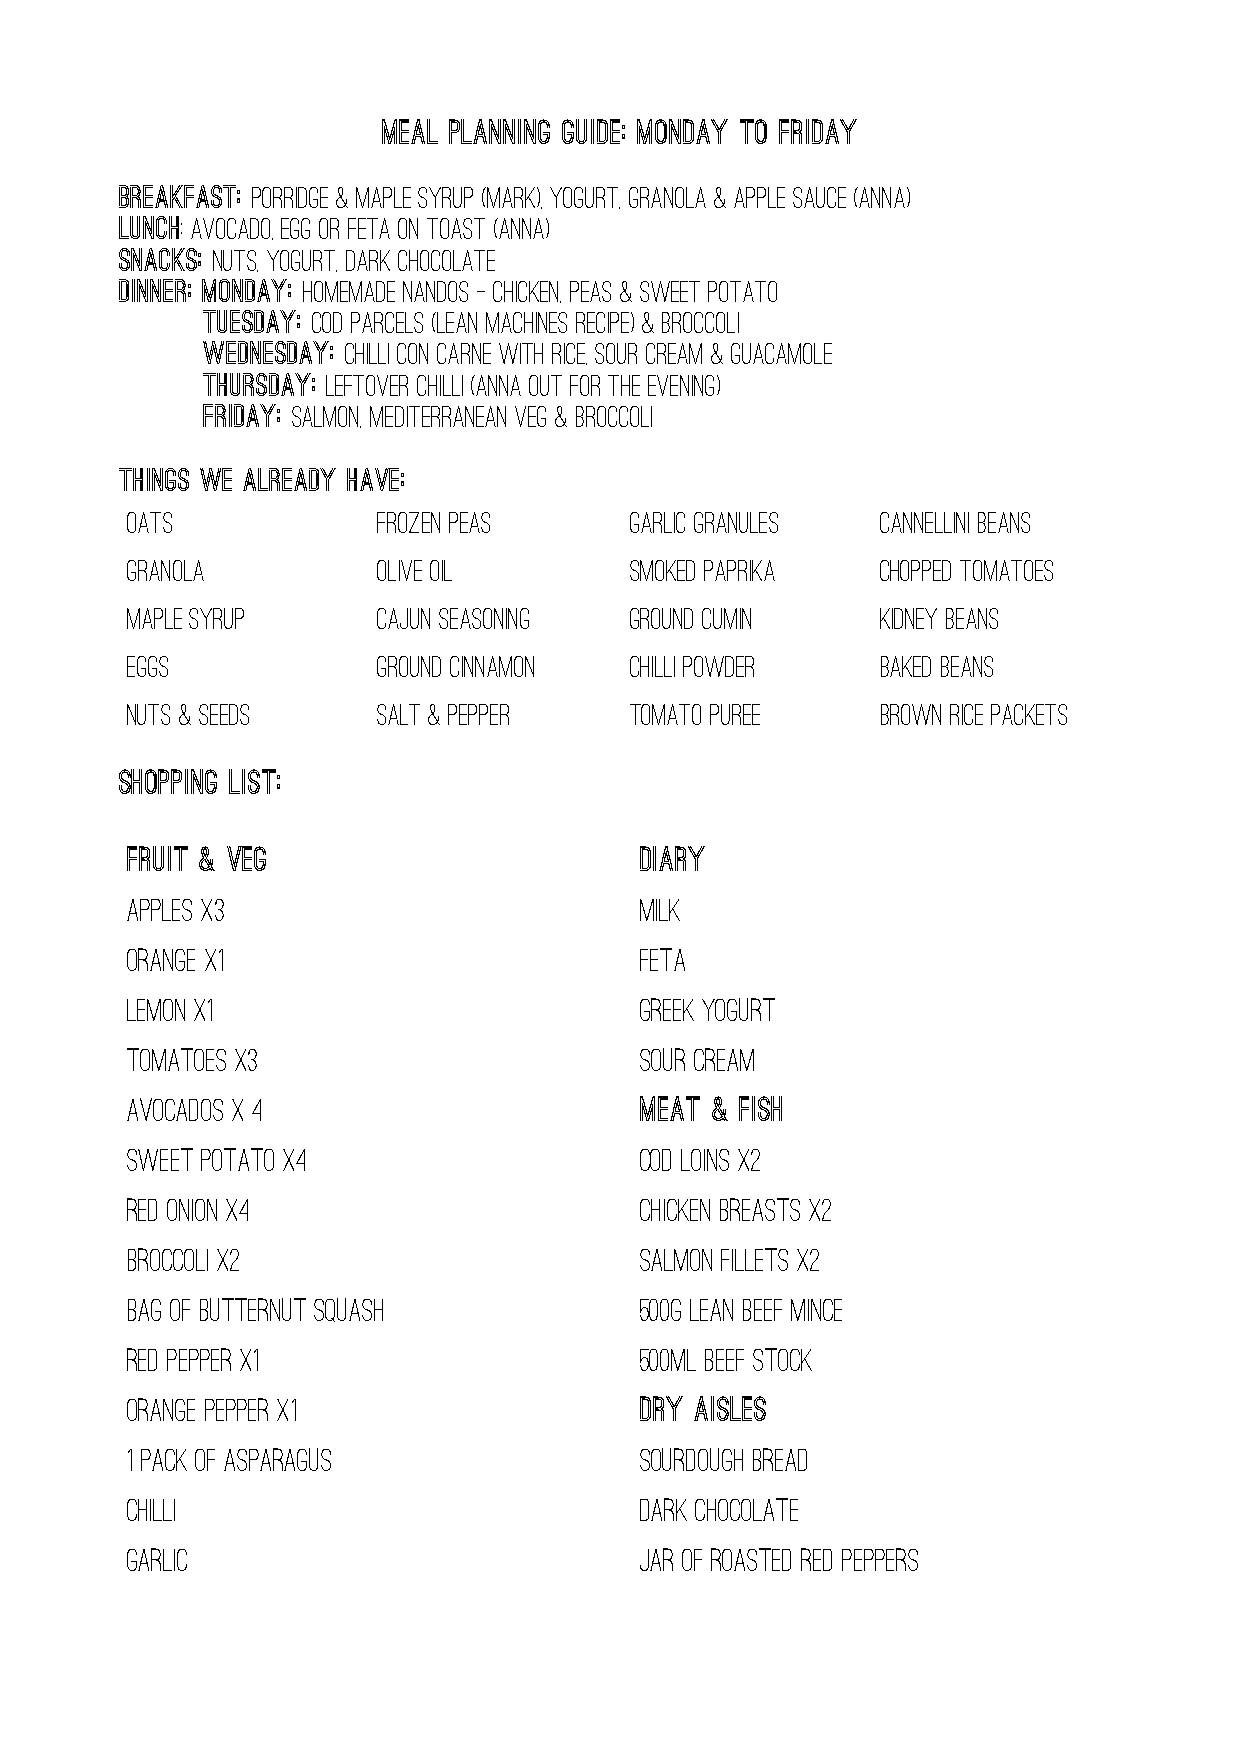
MEAL PLANNING GUIDE: Monday to Friday
 breakfast: Porridge & Maple Syrup (Mark), yOGURT, GRANOLA & APPLE SAUCE (anna)
 Lunch: AVOCADO, EGG OR FETA ON TOAST (anna)
 SNACKS: NUTS, YOGURT, DARK CHOCOLATE
 Dinner: Monday: hOMEMADE NANDOS - CHICKEN, PEAS & SWEET POTATO
 TuESDAY: Cod parcels (lean machines recipe) & broccoli
 WEDNESDAY: chilli con carne with rice, sour cream & guacamole
 THURSDAY: leftover chilli (anna out for the evening)
 FRIDAY: salmon, Mediterranean veg & broccoli
 THINGS WE ALREADY HAVE:
 Oats             frozen peas      garlic granules cannellini beans
 Granola          olive oil        smoked paprika  chopped tomatoes
 Maple Syrup      cajun seasoning  ground cumin    kidney beans
 eggs             ground cinnamon  chilli powder   baked beans
 nuts & seeds     salt & pepper    tomato puree    brown rice packets
 SHOPPING LIST:
 FRUIT & VEG                       DIARY
 apples X3                         MILK
 ORANGE X1                         FETA
 lemon x1                          GREEK YOGURT
 tomatoes x3                       SOUR CREAM
 avocados x 4                      MEAT & FISH
 sweet potato x4                   COD LOINS X2
 red onion x4                      CHICKEN BREASTS X2
 broccoli x2                       SALMON FILLETS X2
 bag of butternut squash           500g lean beef mince
 red pepper x1                     500ml beef stock
 orange pepper x1                  DRY AISLES
 1 pack of asparagus               sourdough bread
 CHILLI                            dark chocolate
 GARLIC                            jar of roasted red peppers